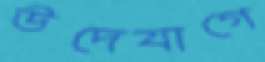
উদেযাগে